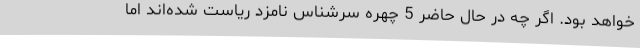
خواهد بود. اگر چه در حال حاضر 5 چهره سرشناس نامزد ریاست شده‌اند اما